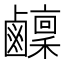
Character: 𬸴